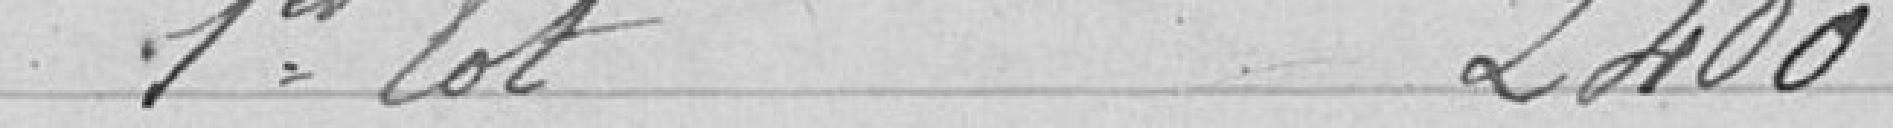
1er lot 2 400